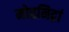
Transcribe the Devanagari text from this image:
मोहनिद्रां